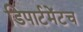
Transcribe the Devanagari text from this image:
डिपार्टमेंटच